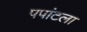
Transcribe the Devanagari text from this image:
पपांटला